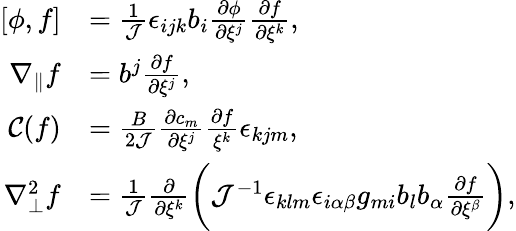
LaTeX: \begin{array}{rl}{[\phi,f]}&{=\frac{1}{\mathcal{J}}\epsilon_{ijk}b_{i}\frac{\partial\phi}{\partial\xi^{j}}\frac{\partial f}{\partial\xi^{k}},}\\ {\nabla_{\parallel}f}&{=b^{j}\frac{\partial f}{\partial\xi^{j}},}\\ {\mathcal{C}(f)}&{=\frac{B}{2\mathcal{J}}\frac{\partial c_{m}}{\partial\xi^{j}}\frac{\partial f}{\xi^{k}}\epsilon_{kjm},}\\ {\nabla_{\perp}^{2}f}&{=\frac{1}{\mathcal{J}}\frac{\partial}{\partial\xi^{k}}\bigg(\mathcal{J}^{-1}\epsilon_{klm}\epsilon_{i\alpha\beta}g_{mi}b_{l}b_{\alpha}\frac{\partial f}{\partial\xi^{\beta}}\bigg),}\end{array}